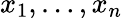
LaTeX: x_{1},\ldots,x_{n}